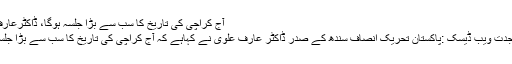
آج کراچی کی تاریخ کا سب سے بڑا جلسہ ہوگا، ڈاکٹرعارف علوی
کراچی جدت ویب ڈیسک :پاکستان تحریک انصاف سندھ کے صدر ڈاکٹر عارف علوی نے کہاہے کہ آج کراچی کی تاریخ کا سب سے بڑا جلسہ ہوگا ۔